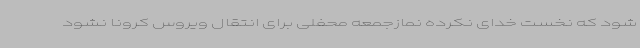
شود که نخست خدای نکرده نمازجمعه محفلی برای انتقال ویروس کرونا نشود